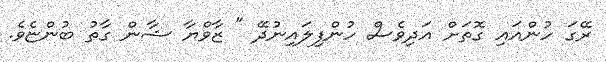
ރޭގަ ހުންއައި ގޮތަށް އަދިވެސް ހުންފިލައިނުދޭ " ޒާވްޔާ ޝާން ގާތު ބުންޏެވެ.